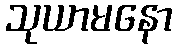
သုယာမနော